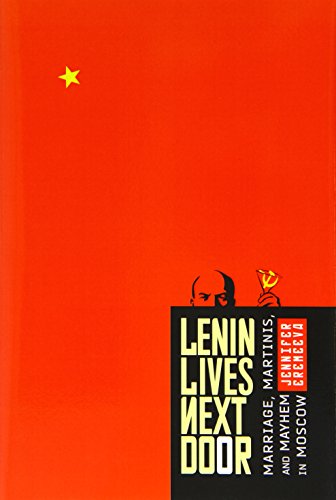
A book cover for Lenin Lives Next Door: Marriage, Martinis, and Mayhem in Moscow; Jennifer Eremeeva; Travel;